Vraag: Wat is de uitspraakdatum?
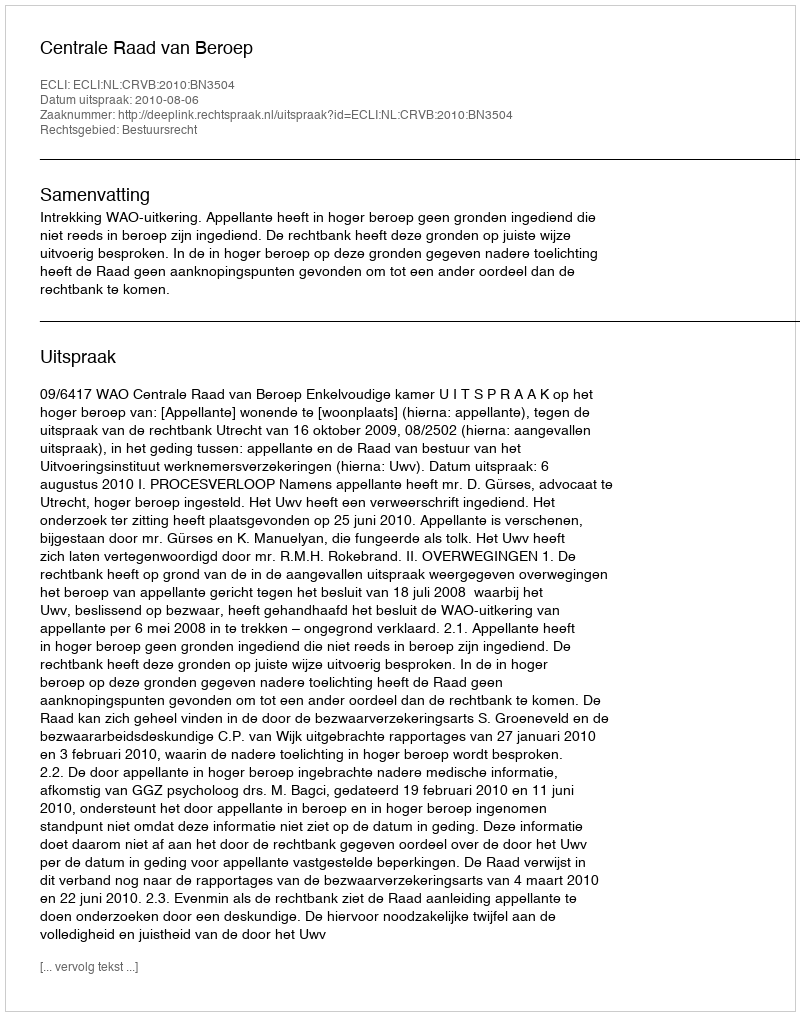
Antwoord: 2010-08-06